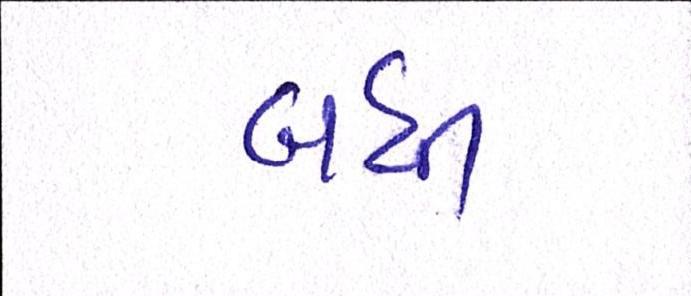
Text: બધી